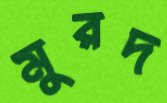
মুরদ